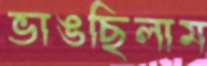
ভাঙছিলাম